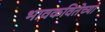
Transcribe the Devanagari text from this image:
भावकवितेच्या